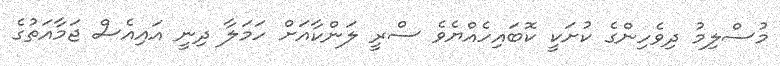
މުސްލިމު ދިވެހިންގެ ކުށަކީ ކޮބައިހެއްޔެވެ ސްރީ ލަންކާއަށް ހަމަލާ ދިނީ އައިއެސް ޖަމާއަތުގެ